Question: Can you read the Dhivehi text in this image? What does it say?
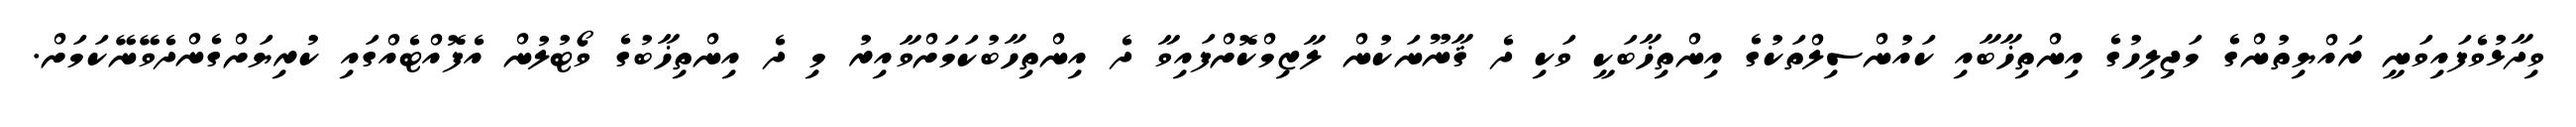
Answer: ވިދާޅުވެފައިވަނީ ރައްޔިތުންގެ މަޖިލިހުގެ އިންތިޚާބާއި ކައުންސިލްތަކުގެ އިންތިޚާބަކީ ވަކި ދެ ޤާނޫނަކުން ލާޒިމްކޮށްފައިވާ ދެ އިންތިހާބުކަމަށްވާއިރު މި ދެ އިންތިޚާބުގެ ވޯޓުލުން އެފޮއްޓެއްގައި ކުރިޔަށްގެންދެވޭނޭކަމަށް.